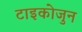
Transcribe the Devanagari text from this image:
टाइकोजुन